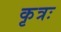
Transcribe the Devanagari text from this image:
कृत्रः